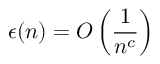
\epsilon ( n ) = O \left( { \frac { 1 } { n ^ { c } } } \right)